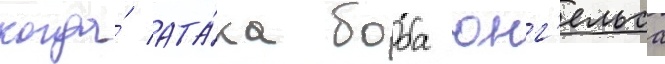
когда́ ата́ка боба юнг'ельса